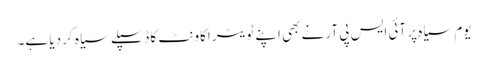
یوم سیاہ پر آئی ایس پی آر نے بھی اپنے ٹویٹر اکاونٹ کا ڈسپلے سیاہ کر دیا ہے۔